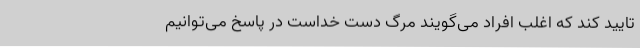
تایید کند که اغلب افراد می‌گویند مرگ دست خداست در پاسخ می‌توانیم